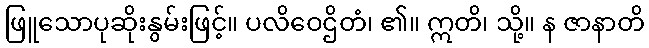
ဖြူသောပုဆိုးနွမ်းဖြင့်။ ပလိဝေဌိတံ၊ ၏။ ဣတိ၊ သို့။ န ဇာနာတိ